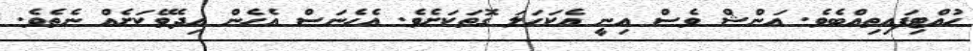
ހުއްޓިފައިތިއްބެވެ. އަންޝް ވެސް އިނީ އެކަހަލަ ގޮތަކަށެވެ. އެހެނަސް އެހެން އިދެވޭކަށެއް ނެތެވެ.